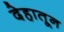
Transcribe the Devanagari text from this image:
देहातून